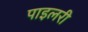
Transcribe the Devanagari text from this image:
पाइलरी